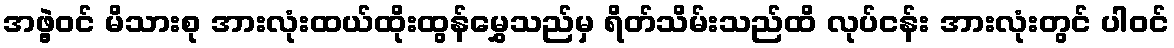
အဖွဲ့ဝင် မိသားစု အားလုံးထယ်ထိုးထွန်မွှေသည်မှ ရိတ်သိမ်းသည်ထိ လုပ်ငန်း အားလုံးတွင် ပါဝင်